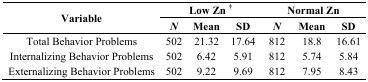
<table><thead><tr><td rowspan="2"><b>Variable</b></td><td colspan="3"><b>Low Zn <sup>†</sup></b></td><td colspan="3"><b>Normal Zn</b></td></tr><tr><td><b><i>N</i></b></td><td><b>Mean</b></td><td><b>SD</b></td><td><b><i>N</i></b></td><td><b>Mean</b></td><td><b>SD</b></td></tr></thead><tbody><tr><td>Total Behavior Problems</td><td>502</td><td>21.32</td><td>17.64</td><td>812</td><td>18.8</td><td>16.61</td></tr><tr><td>Internalizing Behavior Problems</td><td>502</td><td>6.42</td><td>5.91</td><td>812</td><td>5.74</td><td>5.84</td></tr><tr><td>Externalizing Behavior Problems</td><td>502</td><td>9.22</td><td>9.69</td><td>812</td><td>7.95</td><td>8.43</td></tr></tbody></table>